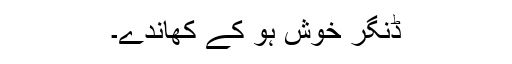
ڈنگر خوش ہو کے کھاندے۔